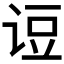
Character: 𰵫